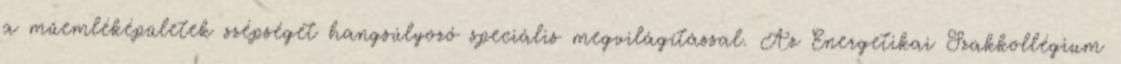
a műemléképületek szépségét hangsúlyozó speciális megvilágítással. Az Energetikai Szakkollégium